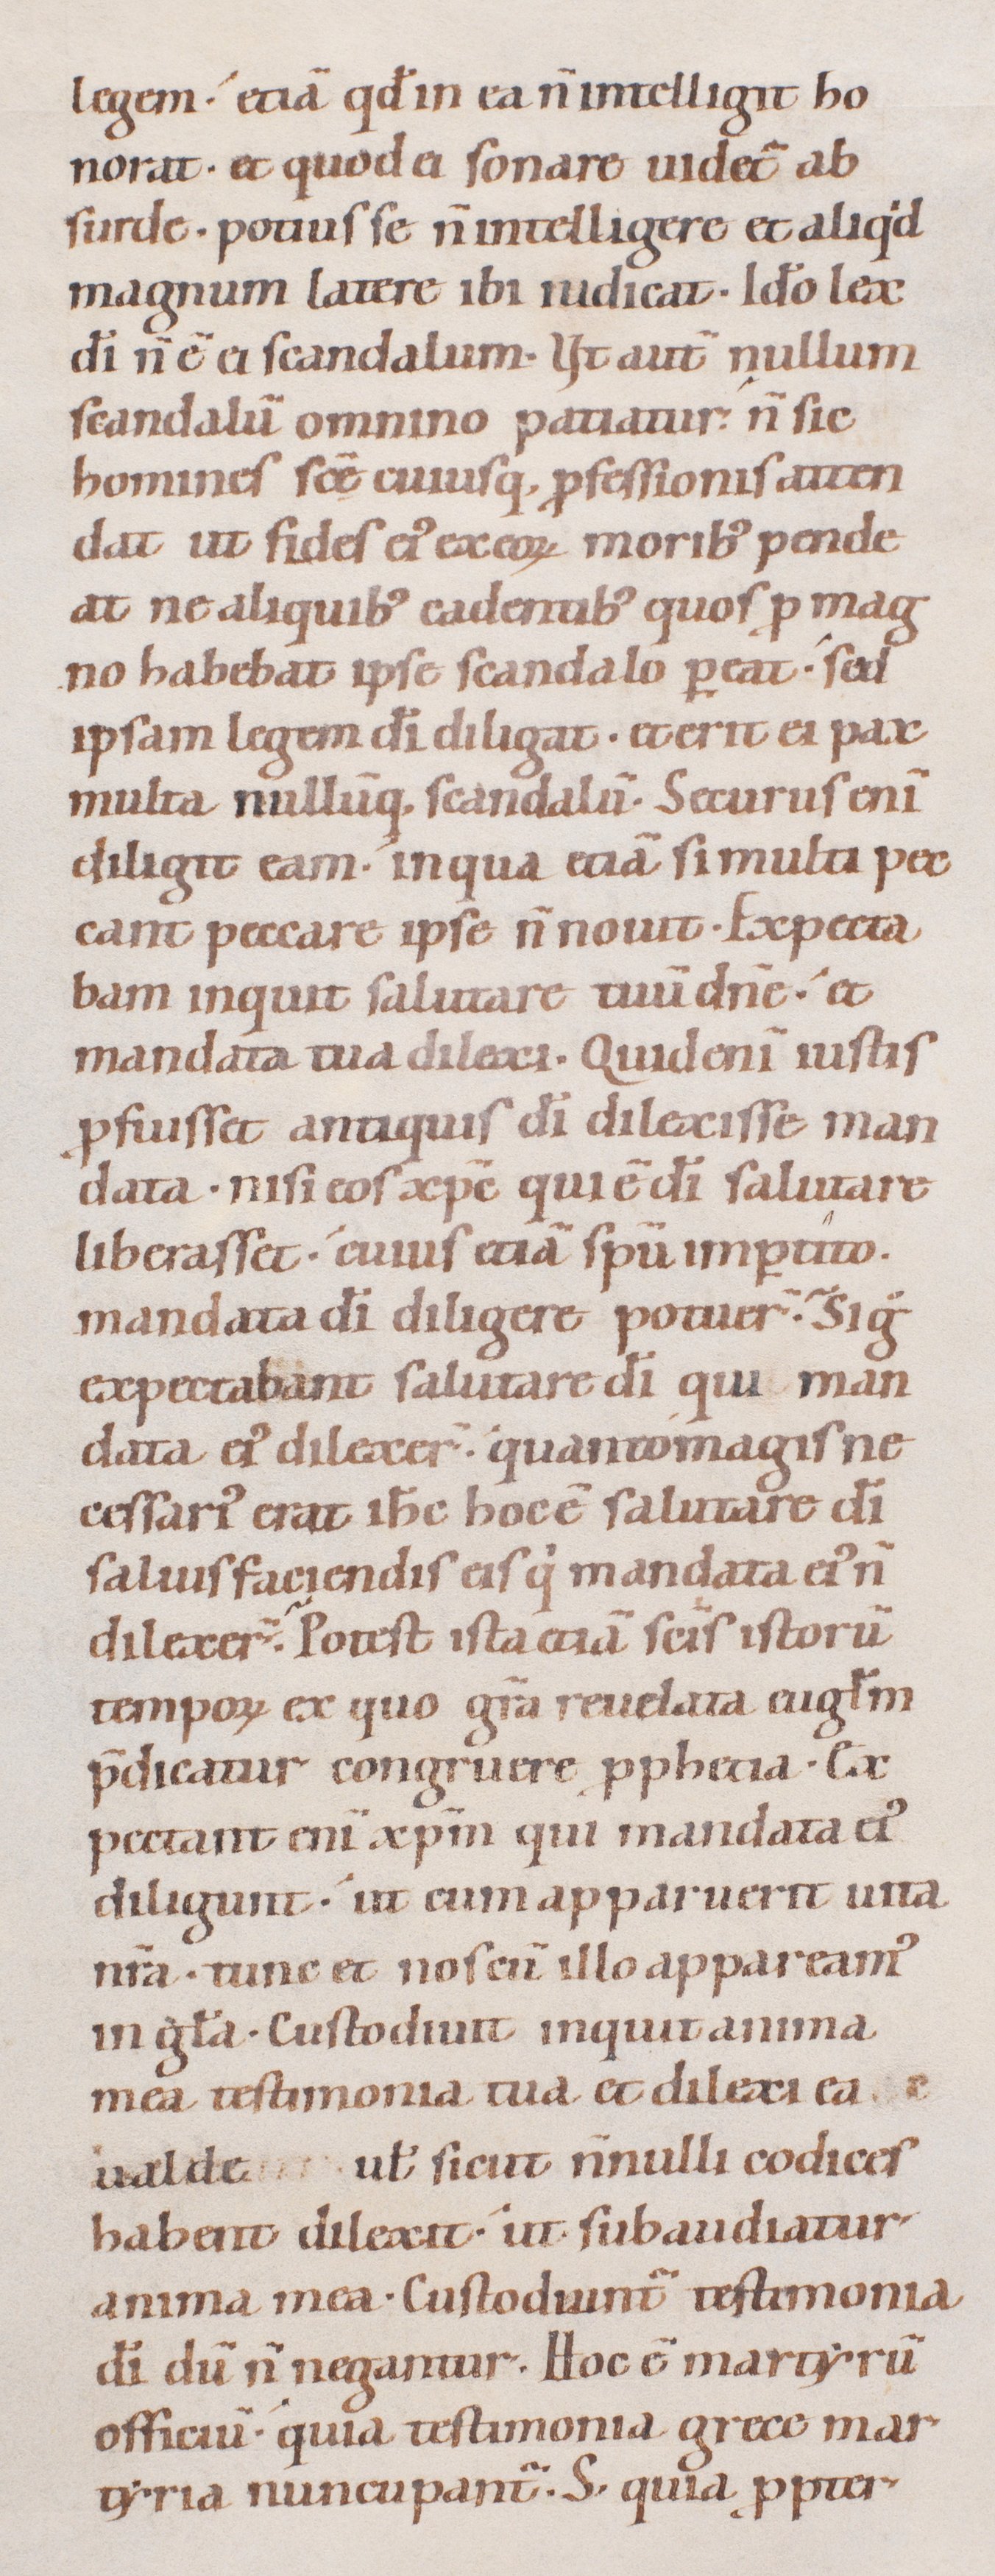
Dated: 1080–1096